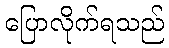
ပြောလိုက်ရသည်